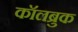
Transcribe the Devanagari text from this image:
कॉलब्रुक